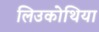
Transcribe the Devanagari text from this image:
लिउकोथिया